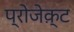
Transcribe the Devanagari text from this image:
प्रोजेक़्ट